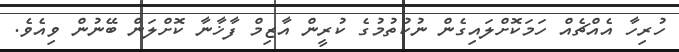
ހުރިހާ އެއްޗެއް ހަމަކޮށްލައިގެން ނުކުތުމުގެ ކުރީން އާޒިމް ފާޚާނާ ކޮށްލަން ބޭނުން ވިއެވެ.